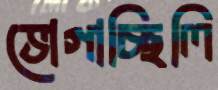
ভোগাচ্ছিলি